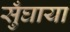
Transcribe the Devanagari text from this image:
सुँघाया